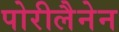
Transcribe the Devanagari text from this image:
पोरीलैनेन